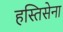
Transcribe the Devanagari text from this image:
हस्तिसेना